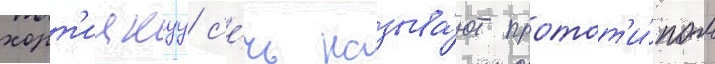
хорт'ицкуу с'е́чь называ́ют протот'и́пом